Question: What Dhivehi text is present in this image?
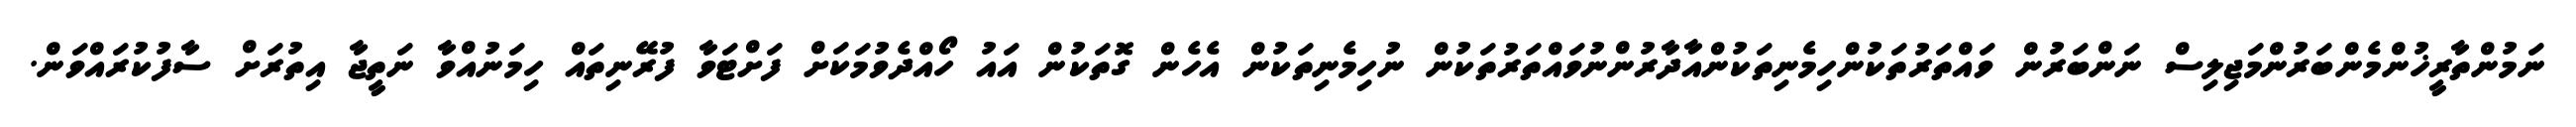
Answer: ނަމުންތާރީޚުންމެންބަރުންމަޖިލިސް ނަންބަރުން ވައްތަރުތަކުންހިމެނިތަކުންއާދާރުންނުވައްތަރުތަކުން ނުހިމެނިތަކުން އެހެން ގޮތަކުން އައު ހޯއްދެވުމަކަށް ފަށްޓަވާ ފުރޭނިތައް ހިމަނުއްވާ ނަތީޖާ އިތުރަށް ސާފުކުރައްވަން.